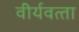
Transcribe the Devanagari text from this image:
वीर्यवत्‍ता